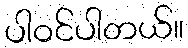
ပါဝင်ပါတယ်။